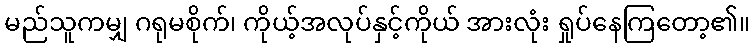
မည်သူကမျှ ဂရုမစိုက်၊ ကိုယ့်အလုပ်နှင့်ကိုယ် အားလုံး ရှုပ်နေကြတော့၏။